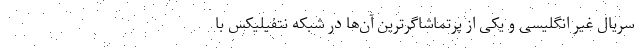
سریال غیر انگلیسی و یکی از پرتماشاگرترین آن‌ها در شبکه نتفیلیکس با